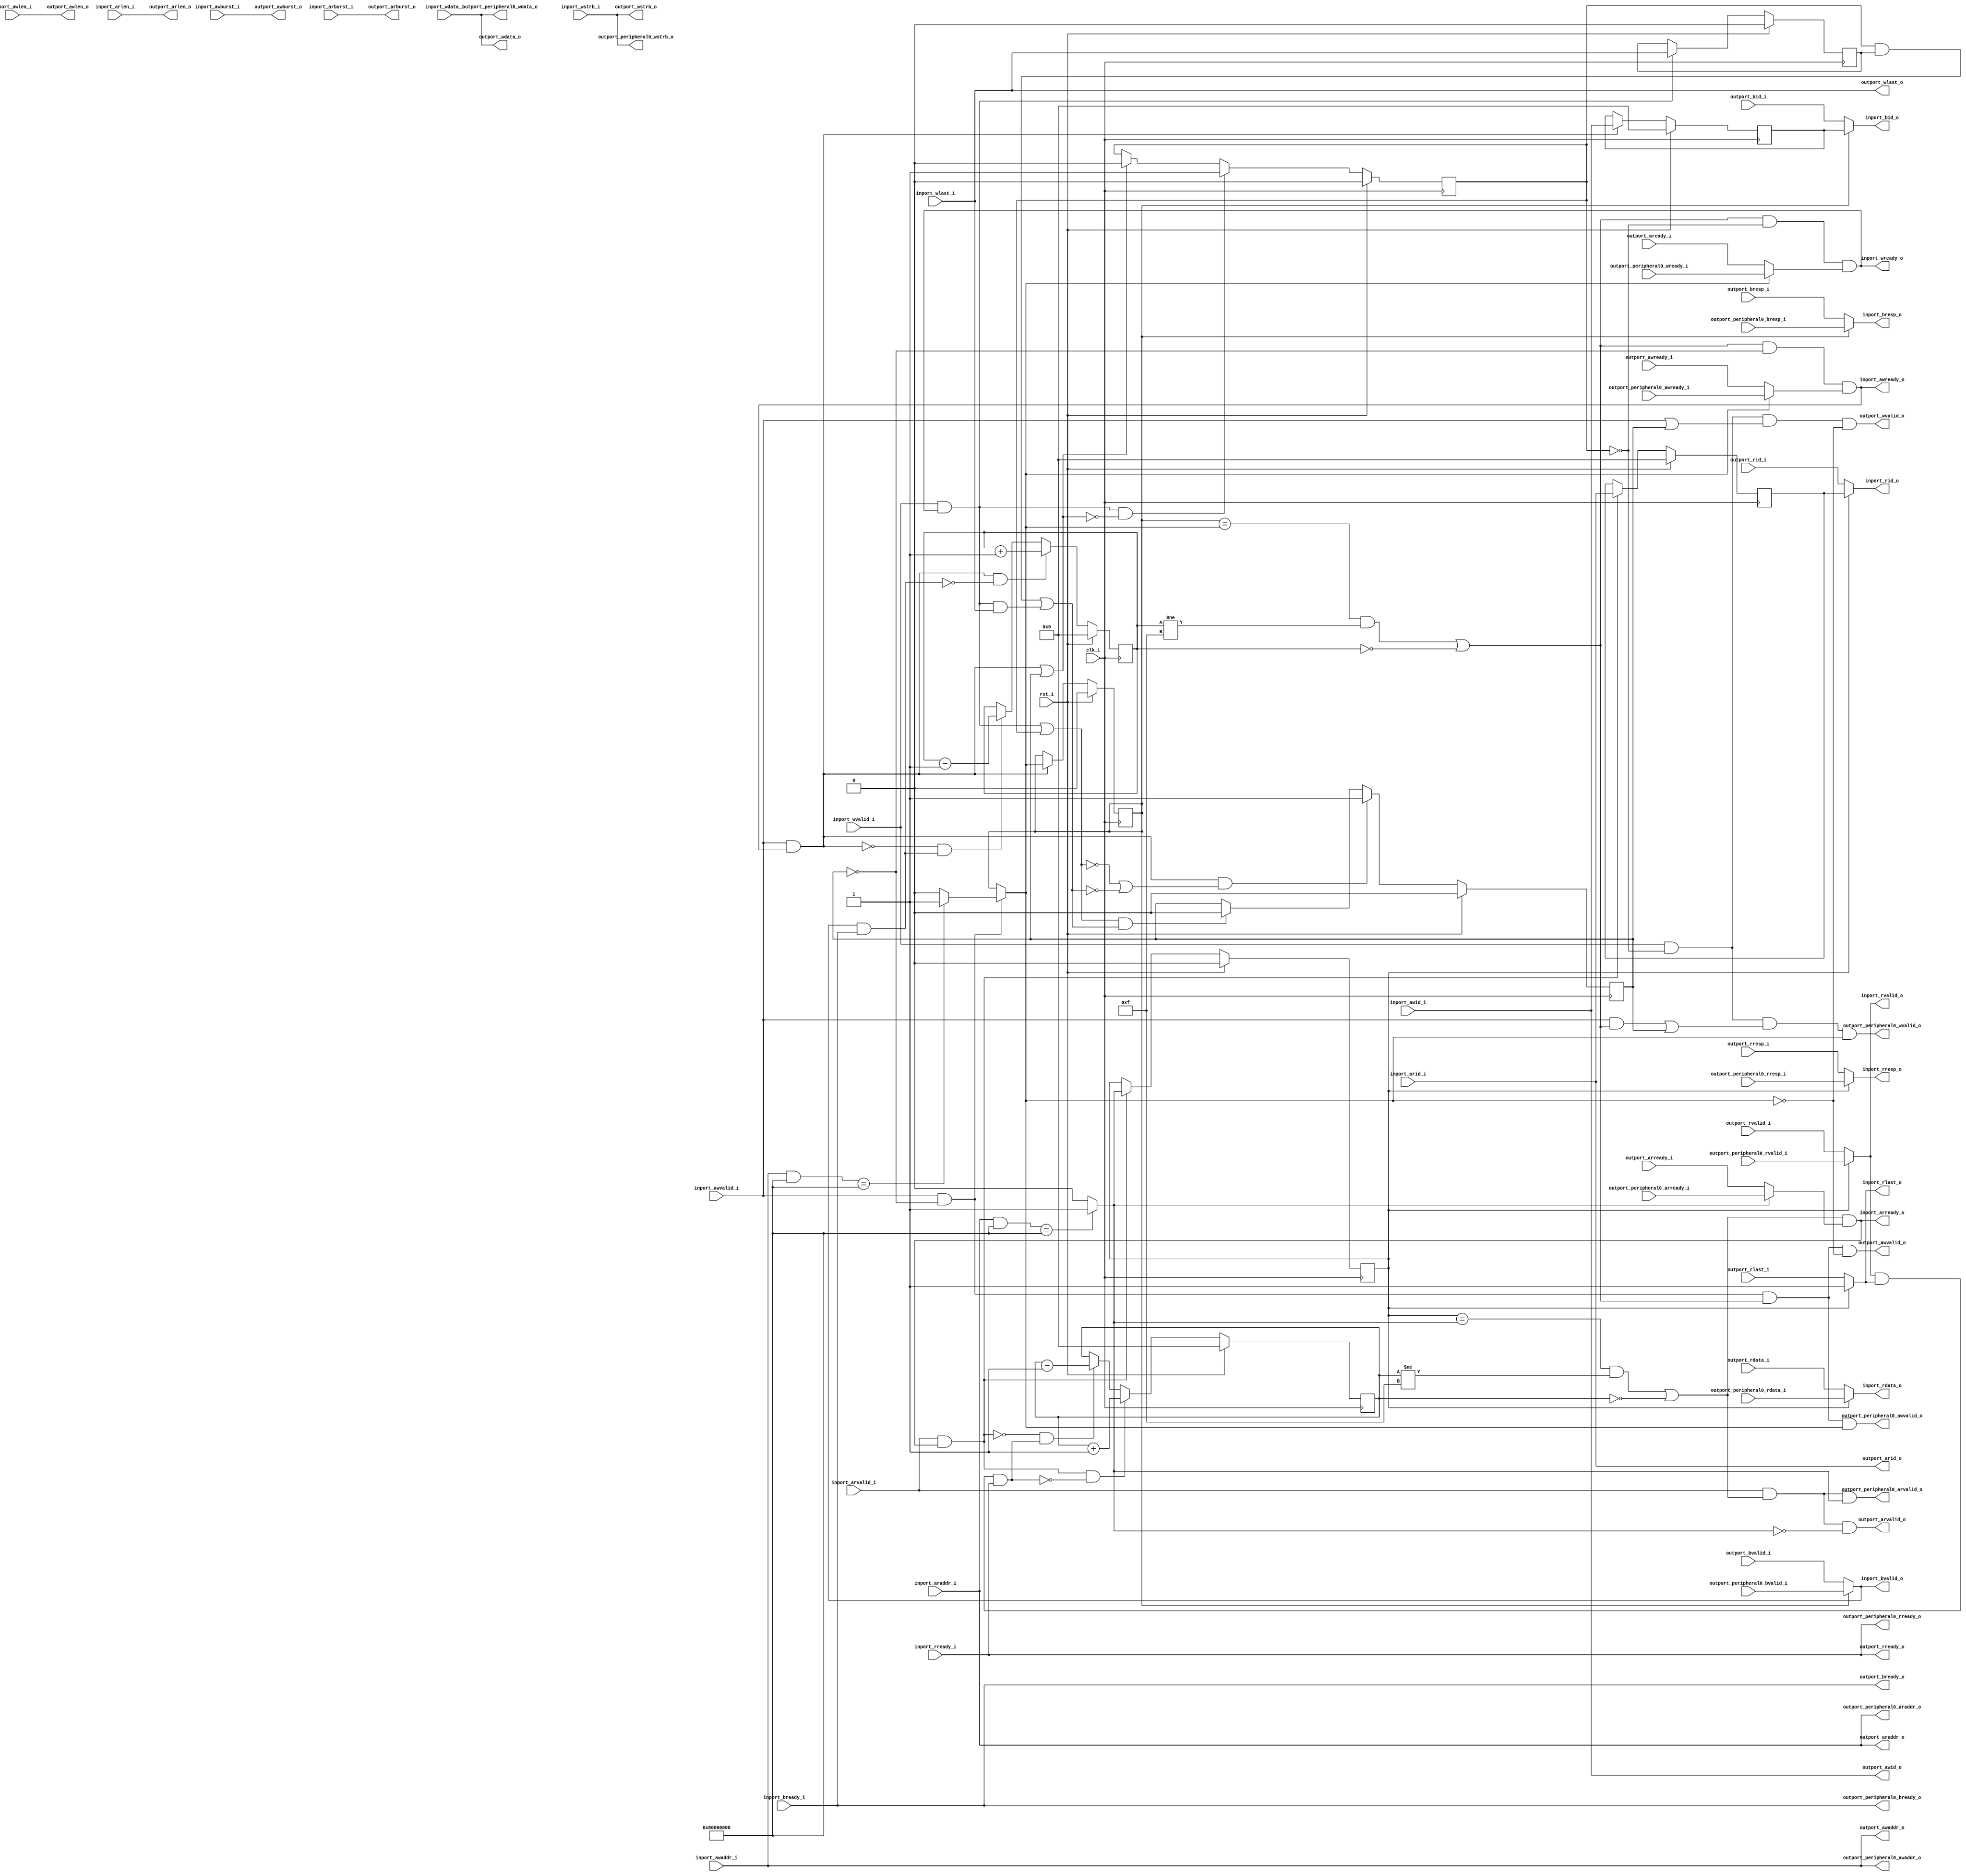
// This program was cloned from: https://github.com/ultraembedded/openlogicbit
// License: Apache License 2.0

//-----------------------------------------------------------------
//                         open-logic-bit
//                            V0.1
//                        Copyright 2021
//              github.com/ultraembedded/openlogicbit
//
//                   admin@ultra-embedded.com
//
//                     License: Apache 2.0
//-----------------------------------------------------------------
// Copyright 2021 Ultra-Embedded.com
// 
// Licensed under the Apache License, Version 2.0 (the "License");
// you may not use this file except in compliance with the License.
// You may obtain a copy of the License at
// 
//     http://www.apache.org/licenses/LICENSE-2.0
// 
// Unless required by applicable law or agreed to in writing, software
// distributed under the License is distributed on an "AS IS" BASIS,
// WITHOUT WARRANTIES OR CONDITIONS OF ANY KIND, either express or implied.
// See the License for the specific language governing permissions and
// limitations under the License.
//-----------------------------------------------------------------
module axi4_lite_tap
(
    // Inputs
     input           clk_i
    ,input           rst_i
    ,input           inport_awvalid_i
    ,input  [ 31:0]  inport_awaddr_i
    ,input  [  3:0]  inport_awid_i
    ,input  [  7:0]  inport_awlen_i
    ,input  [  1:0]  inport_awburst_i
    ,input           inport_wvalid_i
    ,input  [ 31:0]  inport_wdata_i
    ,input  [  3:0]  inport_wstrb_i
    ,input           inport_wlast_i
    ,input           inport_bready_i
    ,input           inport_arvalid_i
    ,input  [ 31:0]  inport_araddr_i
    ,input  [  3:0]  inport_arid_i
    ,input  [  7:0]  inport_arlen_i
    ,input  [  1:0]  inport_arburst_i
    ,input           inport_rready_i
    ,input           outport_awready_i
    ,input           outport_wready_i
    ,input           outport_bvalid_i
    ,input  [  1:0]  outport_bresp_i
    ,input  [  3:0]  outport_bid_i
    ,input           outport_arready_i
    ,input           outport_rvalid_i
    ,input  [ 31:0]  outport_rdata_i
    ,input  [  1:0]  outport_rresp_i
    ,input  [  3:0]  outport_rid_i
    ,input           outport_rlast_i
    ,input           outport_peripheral0_awready_i
    ,input           outport_peripheral0_wready_i
    ,input           outport_peripheral0_bvalid_i
    ,input  [  1:0]  outport_peripheral0_bresp_i
    ,input           outport_peripheral0_arready_i
    ,input           outport_peripheral0_rvalid_i
    ,input  [ 31:0]  outport_peripheral0_rdata_i
    ,input  [  1:0]  outport_peripheral0_rresp_i

    // Outputs
    ,output          inport_awready_o
    ,output          inport_wready_o
    ,output          inport_bvalid_o
    ,output [  1:0]  inport_bresp_o
    ,output [  3:0]  inport_bid_o
    ,output          inport_arready_o
    ,output          inport_rvalid_o
    ,output [ 31:0]  inport_rdata_o
    ,output [  1:0]  inport_rresp_o
    ,output [  3:0]  inport_rid_o
    ,output          inport_rlast_o
    ,output          outport_awvalid_o
    ,output [ 31:0]  outport_awaddr_o
    ,output [  3:0]  outport_awid_o
    ,output [  7:0]  outport_awlen_o
    ,output [  1:0]  outport_awburst_o
    ,output          outport_wvalid_o
    ,output [ 31:0]  outport_wdata_o
    ,output [  3:0]  outport_wstrb_o
    ,output          outport_wlast_o
    ,output          outport_bready_o
    ,output          outport_arvalid_o
    ,output [ 31:0]  outport_araddr_o
    ,output [  3:0]  outport_arid_o
    ,output [  7:0]  outport_arlen_o
    ,output [  1:0]  outport_arburst_o
    ,output          outport_rready_o
    ,output          outport_peripheral0_awvalid_o
    ,output [ 31:0]  outport_peripheral0_awaddr_o
    ,output          outport_peripheral0_wvalid_o
    ,output [ 31:0]  outport_peripheral0_wdata_o
    ,output [  3:0]  outport_peripheral0_wstrb_o
    ,output          outport_peripheral0_bready_o
    ,output          outport_peripheral0_arvalid_o
    ,output [ 31:0]  outport_peripheral0_araddr_o
    ,output          outport_peripheral0_rready_o
);



`define ADDR_SEL_W         1
`define PERIPH0_ADDR         32'h80000000
`define PERIPH0_MASK         32'h80000000

//-----------------------------------------------------------------
// AXI: Read
//-----------------------------------------------------------------
reg [3:0]              read_pending_q;
reg [3:0]              read_pending_r;
reg [3:0]              arid_q;
reg [`ADDR_SEL_W-1:0]  read_port_q;
reg [`ADDR_SEL_W-1:0]  read_port_r;

always @ *
begin
    read_port_r = `ADDR_SEL_W'b0;
    if ((inport_araddr_i & `PERIPH0_MASK) == `PERIPH0_ADDR) read_port_r = `ADDR_SEL_W'd1;
end

wire read_incr_w = (inport_arvalid_i && inport_arready_o);
wire read_decr_w = (inport_rvalid_o  && inport_rlast_o && inport_rready_i);

always @ *
begin
    read_pending_r = read_pending_q;

    if (read_incr_w && !read_decr_w)
        read_pending_r = read_pending_r + 4'd1;
    else if (!read_incr_w && read_decr_w)
        read_pending_r = read_pending_r - 4'd1;
end

always @ (posedge clk_i )
if (rst_i)
begin
    read_pending_q <= 4'b0;
    arid_q         <= 4'b0;
    read_port_q    <= `ADDR_SEL_W'b0;
end
else 
begin
    read_pending_q <= read_pending_r;

    // Read command accepted
    if (inport_arvalid_i && inport_arready_o)
    begin
        arid_q      <= inport_arid_i;
        read_port_q <= read_port_r;
    end
end

wire read_accept_w       = (read_port_q == read_port_r && read_pending_q != 4'hF) || (read_pending_q == 4'h0);

assign outport_arvalid_o = inport_arvalid_i & read_accept_w & (read_port_r == `ADDR_SEL_W'd0);
assign outport_araddr_o  = inport_araddr_i;
assign outport_arid_o    = inport_arid_i;
assign outport_arlen_o   = inport_arlen_i;
assign outport_arburst_o = inport_arburst_i;
assign outport_rready_o  = inport_rready_i;

assign outport_peripheral0_arvalid_o = inport_arvalid_i & read_accept_w & (read_port_r == `ADDR_SEL_W'd1);
assign outport_peripheral0_araddr_o  = inport_araddr_i;
assign outport_peripheral0_rready_o  = inport_rready_i;

reg        outport_rvalid_r;
reg [31:0] outport_rdata_r;
reg [1:0]  outport_rresp_r;
reg [3:0]  outport_rid_r;
reg        outport_rlast_r;

always @ *
begin
    case (read_port_q)
    `ADDR_SEL_W'd1:
    begin
        outport_rvalid_r = outport_peripheral0_rvalid_i;
        outport_rdata_r  = outport_peripheral0_rdata_i;
        outport_rresp_r  = outport_peripheral0_rresp_i;
        outport_rid_r    = arid_q;
        outport_rlast_r  = 1'b1;
    end
    default:
    begin
        outport_rvalid_r = outport_rvalid_i;
        outport_rdata_r  = outport_rdata_i;
        outport_rresp_r  = outport_rresp_i;
        outport_rid_r    = outport_rid_i;
        outport_rlast_r  = outport_rlast_i;
    end
    endcase
end

assign inport_rvalid_o  = outport_rvalid_r;
assign inport_rdata_o   = outport_rdata_r;
assign inport_rresp_o   = outport_rresp_r;
assign inport_rid_o     = outport_rid_r;
assign inport_rlast_o   = outport_rlast_r;

reg inport_arready_r;
always @ *
begin
    case (read_port_r)
    `ADDR_SEL_W'd1:
        inport_arready_r = outport_peripheral0_arready_i;
    default:
        inport_arready_r = outport_arready_i;
    endcase
end

assign inport_arready_o = read_accept_w & inport_arready_r;

//-------------------------------------------------------------
// Write Request
//-------------------------------------------------------------
reg awvalid_q;
reg wvalid_q;
reg wlast_q;

wire wr_cmd_accepted_w  = (inport_awvalid_i && inport_awready_o) || awvalid_q;
wire wr_data_accepted_w = (inport_wvalid_i  && inport_wready_o)  || wvalid_q;
wire wr_data_last_w     = (wvalid_q & wlast_q) || (inport_wvalid_i && inport_wready_o && inport_wlast_i);

always @ (posedge clk_i )
if (rst_i)
    awvalid_q <= 1'b0;
else if (inport_awvalid_i && inport_awready_o && (!wr_data_accepted_w || !wr_data_last_w))
    awvalid_q <= 1'b1;
else if (wr_data_accepted_w && wr_data_last_w)
    awvalid_q <= 1'b0;

always @ (posedge clk_i )
if (rst_i)
    wvalid_q <= 1'b0;
else if (inport_wvalid_i && inport_wready_o && !wr_cmd_accepted_w)
    wvalid_q <= 1'b1;
else if (wr_cmd_accepted_w)
    wvalid_q <= 1'b0;

always @ (posedge clk_i )
if (rst_i)
    wlast_q <= 1'b0;
else if (inport_wvalid_i && inport_wready_o)
    wlast_q <= inport_wlast_i;

//-----------------------------------------------------------------
// AXI: Write
//-----------------------------------------------------------------
reg [3:0]              write_pending_q;
reg [3:0]              write_pending_r;
reg [3:0]              awid_q;
reg [`ADDR_SEL_W-1:0]  write_port_q;
reg [`ADDR_SEL_W-1:0]  write_port_r;

always @ *
begin    
    if (inport_awvalid_i & ~awvalid_q)
    begin
        write_port_r = `ADDR_SEL_W'b0;
        if ((inport_awaddr_i & `PERIPH0_MASK) == `PERIPH0_ADDR) write_port_r = `ADDR_SEL_W'd1;
    end
    else
        write_port_r = write_port_q;
end

wire write_incr_w = (inport_awvalid_i && inport_awready_o);
wire write_decr_w = (inport_bvalid_o  && inport_bready_i);

always @ *
begin
    write_pending_r = write_pending_q;

    if (write_incr_w && !write_decr_w)
        write_pending_r = write_pending_r + 4'd1;
    else if (!write_incr_w && write_decr_w)
        write_pending_r = write_pending_r - 4'd1;
end

always @ (posedge clk_i )
if (rst_i)
begin
    write_pending_q <= 4'b0;
    awid_q          <= 4'b0;
    write_port_q    <= `ADDR_SEL_W'b0;
end
else 
begin
    write_pending_q <= write_pending_r;

    // Write command accepted
    if (inport_awvalid_i && inport_awready_o)
    begin
        awid_q       <= inport_awid_i;
        write_port_q <= write_port_r;
    end
end

wire write_accept_w      = (write_port_q == write_port_r && write_pending_q != 4'hF) || (write_pending_q == 4'h0);

assign outport_awvalid_o = inport_awvalid_i & ~awvalid_q & write_accept_w & (write_port_r == `ADDR_SEL_W'd0);
assign outport_awaddr_o  = inport_awaddr_i;
assign outport_awid_o    = inport_awid_i;
assign outport_awlen_o   = inport_awlen_i;
assign outport_awburst_o = inport_awburst_i;
assign outport_wvalid_o  = inport_wvalid_i & ~wvalid_q & (inport_awvalid_i || awvalid_q) & (write_port_r == `ADDR_SEL_W'd0);
assign outport_wdata_o   = inport_wdata_i;
assign outport_wstrb_o   = inport_wstrb_i;
assign outport_wlast_o   = inport_wlast_i;
assign outport_bready_o  = inport_bready_i;

assign outport_peripheral0_awvalid_o = inport_awvalid_i & ~awvalid_q & write_accept_w & (write_port_r == `ADDR_SEL_W'd1);
assign outport_peripheral0_awaddr_o  = inport_awaddr_i;
assign outport_peripheral0_wvalid_o  = inport_wvalid_i & ~wvalid_q & ((inport_awvalid_i && write_accept_w) || awvalid_q) & (write_port_r == `ADDR_SEL_W'd1);
assign outport_peripheral0_wdata_o   = inport_wdata_i;
assign outport_peripheral0_wstrb_o   = inport_wstrb_i;
assign outport_peripheral0_bready_o  = inport_bready_i;

reg        outport_bvalid_r;
reg [1:0]  outport_bresp_r;
reg [3:0]  outport_bid_r;

always @ *
begin
    case (write_port_q)
    `ADDR_SEL_W'd1:
    begin
        outport_bvalid_r = outport_peripheral0_bvalid_i;
        outport_bresp_r  = outport_peripheral0_bresp_i;
        outport_bid_r    = awid_q;
    end
    default:
    begin
        outport_bvalid_r = outport_bvalid_i;
        outport_bresp_r  = outport_bresp_i;
        outport_bid_r    = outport_bid_i;
    end
    endcase
end

assign inport_bvalid_o  = outport_bvalid_r;
assign inport_bresp_o   = outport_bresp_r;
assign inport_bid_o     = outport_bid_r;

reg inport_awready_r;
reg inport_wready_r;

always @ *
begin
    case (write_port_r)
    `ADDR_SEL_W'd1:
    begin
        inport_awready_r = outport_peripheral0_awready_i;
        inport_wready_r  = outport_peripheral0_wready_i;
    end
    default:
    begin
        inport_awready_r = outport_awready_i;
        inport_wready_r  = outport_wready_i;
    end        
    endcase
end

assign inport_awready_o = write_accept_w & ~awvalid_q & inport_awready_r;
assign inport_wready_o  = write_accept_w & ~wvalid_q & inport_wready_r;


endmodule